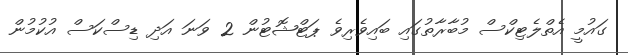
ގައުމީ އެތްލެޓިކްސް މުބާރާތުގައި ބައިވެރިވެ ޕަޓްޝޮޓުން 2 ވަނަ އަދި ޑިސްކަސް އުކުމުން